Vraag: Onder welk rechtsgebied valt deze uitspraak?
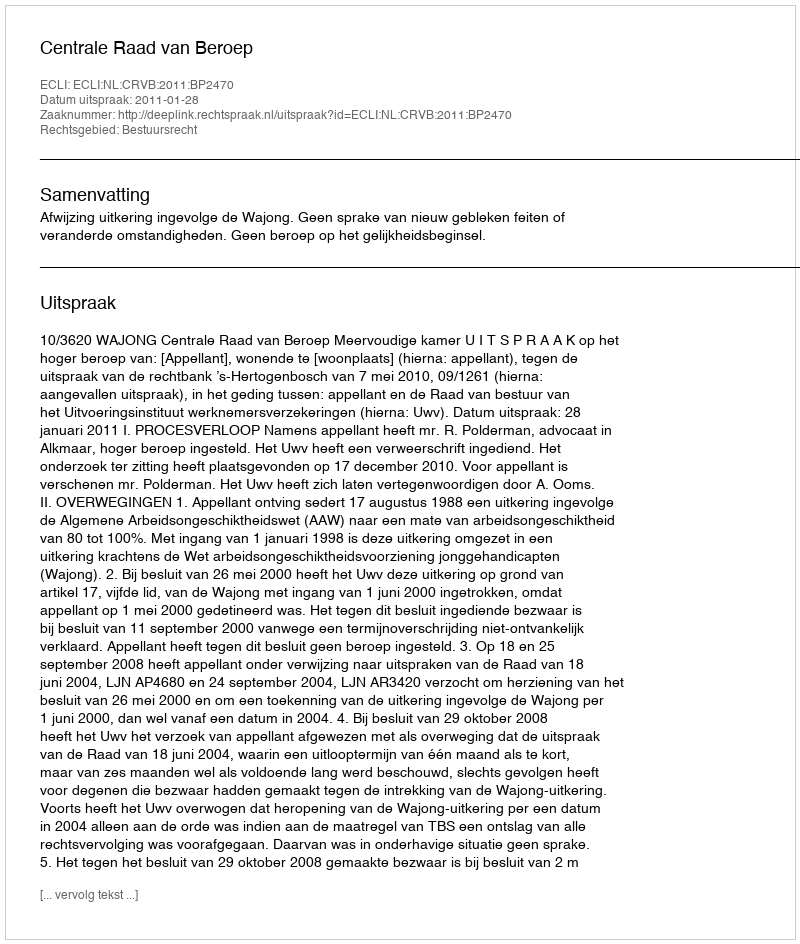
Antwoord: Bestuursrecht